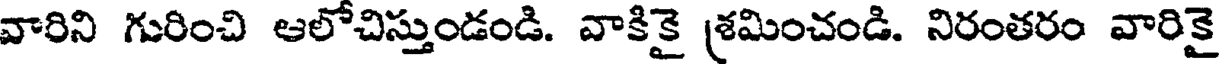
వారిని గురించి ఆలోచిస్తుండండి. వాకికై శ్రమించండి. నిరంతరం వారికై